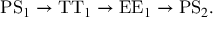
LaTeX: \mathrm { P S } _ { 1 } \rightarrow \mathrm { T T } _ { 1 } \rightarrow \mathrm { E E } _ { 1 } \rightarrow \mathrm { P S } _ { 2 } .